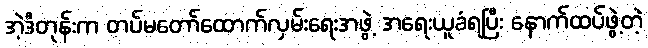
အဲ့ဒီတုန်းက တပ်မတော်ထောက်လှမ်းရေးအဖွဲ့ အရေးယူခံရပြီး နောက်ထပ်ဖွဲ့တဲ့